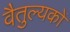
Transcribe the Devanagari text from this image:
वैतुल्यकों